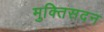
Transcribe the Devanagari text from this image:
मुक्तिसदन